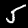
Label: 5